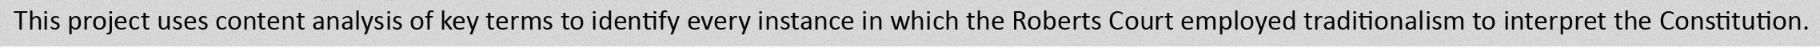
This project uses content analysis of key terms to identify every instance in which the Roberts Court employed traditionalism to interpret the Constitution.